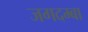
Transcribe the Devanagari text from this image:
जगदम्‍बा